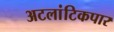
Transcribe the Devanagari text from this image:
अटलांटिकपार